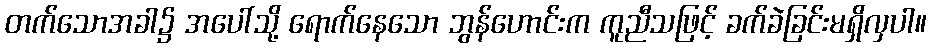
တက်သောအခါ၌ အပေါ်သို့ ရောက်နေသော ဘွန်ဟောင်းက ကူညီသဖြင့် ခက်ခဲခြင်းမရှိလှပါ။